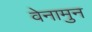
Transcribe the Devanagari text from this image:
वेनामुन